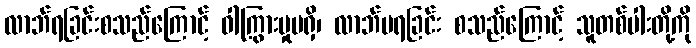
လာဘ်ရခြင်းစသည်ကြောင့် ဝါကြွားမှုမရှိ၊ လာဘ်မရခြင်း စသည်ကြောင့် သူတစ်ပါးတို့ကို